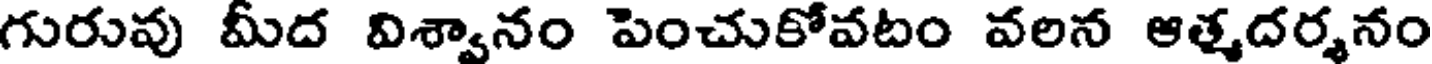
గురువు మీద విశ్వానం పెంచుకోవటం వలన ఆత్మదర్శనం